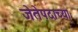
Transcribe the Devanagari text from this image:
जेतेपदाच्या